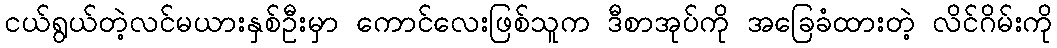
ငယ်ရွယ်တဲ့လင်မယားနှစ်ဦးမှာ ကောင်လေးဖြစ်သူက ဒီစာအုပ်ကို အခြေခံထားတဲ့ လိင်ဂိမ်းကို